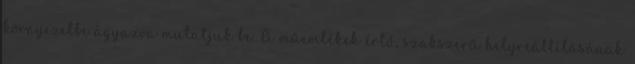
környezetbe ágyazva mutatjuk be. A műemlékek értő, szakszerű helyreállításának